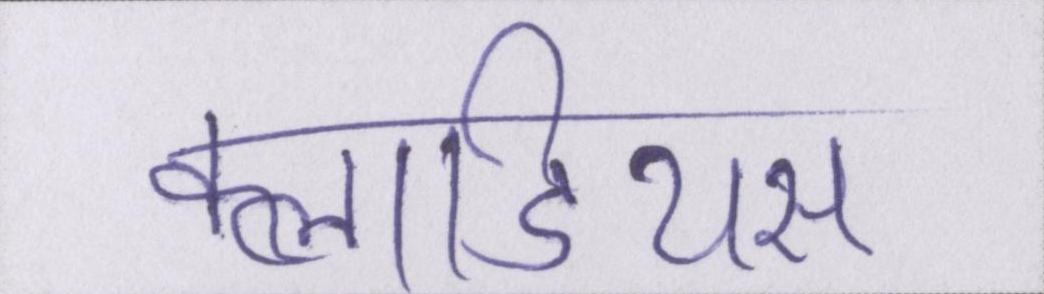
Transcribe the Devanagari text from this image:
क्लाडियस